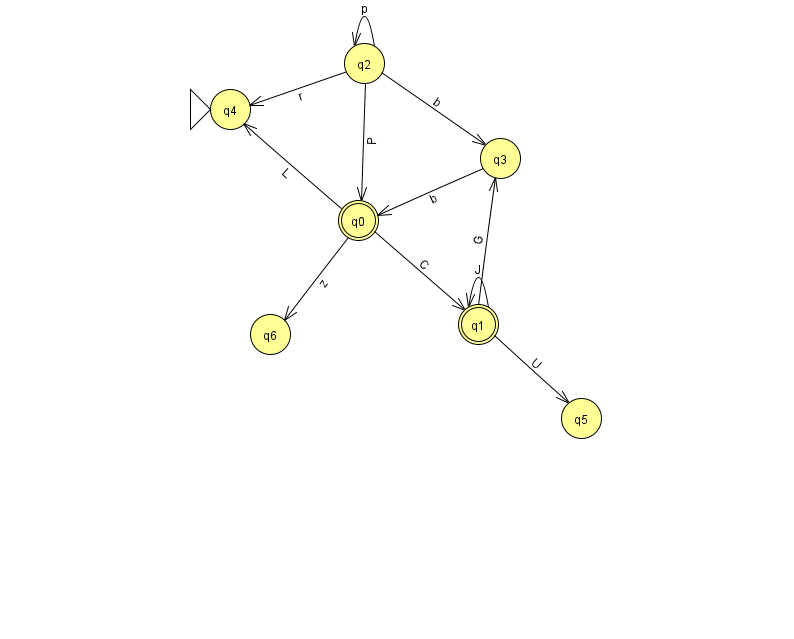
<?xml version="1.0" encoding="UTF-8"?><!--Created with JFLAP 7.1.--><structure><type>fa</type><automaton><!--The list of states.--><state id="0" name="q0"><x>358.0</x><y>207.0</y><final/></state><state id="1" name="q1"><x>478.0</x><y>311.0</y><final/></state><state id="2" name="q2"><x>364.0</x><y>50.0</y></state><state id="3" name="q3"><x>500.0</x><y>145.0</y></state><state id="4" name="q4"><x>230.0</x><y>96.0</y><initial/></state><state id="5" name="q5"><x>581.0</x><y>405.0</y></state><state id="6" name="q6"><x>270.0</x><y>321.0</y></state><!--The list of transitions.--><transition><from>2</from><to>2</to><read>p</read></transition><transition><from>3</from><to>0</to><read>b</read></transition><transition><from>0</from><to>6</to><read>z</read></transition><transition><from>1</from><to>3</to><read>G</read></transition><transition><from>0</from><to>1</to><read>C</read></transition><transition><from>0</from><to>4</to><read>L</read></transition><transition><from>1</from><to>1</to><read>J</read></transition><transition><from>2</from><to>0</to><read>P</read></transition><transition><from>2</from><to>3</to><read>b</read></transition><transition><from>2</from><to>4</to><read>r</read></transition><transition><from>1</from><to>5</to><read>U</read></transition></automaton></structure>